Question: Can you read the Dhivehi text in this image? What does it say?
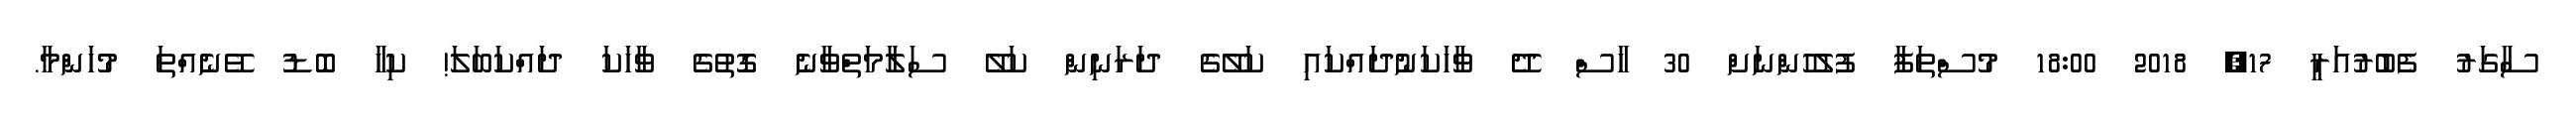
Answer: ސާގަރު ފެބުރުއަރީ 17, 2018 18:00 މުސްތަފާ ފުލުހުންނަށް 30 ހާސް ދޭ ވާހަކަނުދައްކައި ކަލޭގެ ދަރަނިން ކަލޭ ސަލާމަތްވާނެ ގޮތުގެ ވާހަކަ ދައްކަބަލަ! ކިހާ ބޮޑު ވޭނެއްތަ މުހަންމާ.